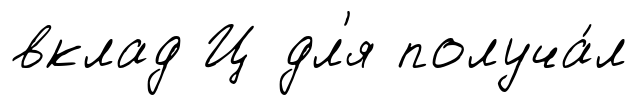
вклад Ц дл'я получа́л